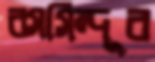
রসসিন্দূর